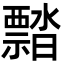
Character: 𬓜